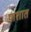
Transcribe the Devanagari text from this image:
पाशात